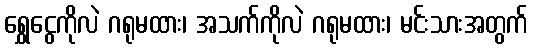
ရွှေငွေကိုလဲ ဂရုမထား၊ အသက်ကိုလဲ ဂရုမထား၊ မင်းသားအတွက်